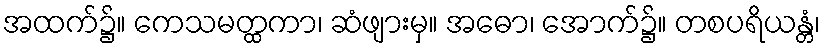
အထက်၌။ ကေသမတ္ထကာ၊ ဆံဖျားမှ။ အဓော၊ အောက်၌။ တစပရိယန္တံ၊